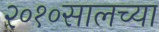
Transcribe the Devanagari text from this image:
२०१०सालच्या